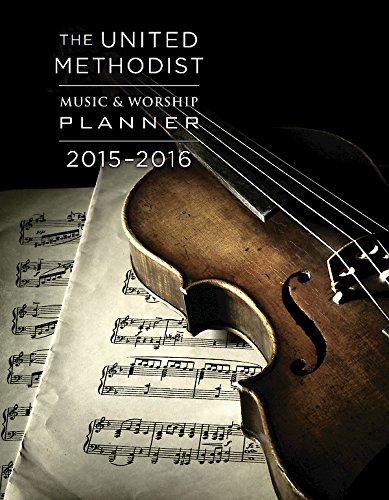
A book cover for The United Methodist Music & Worship Planner 2015-2016; David L. Bone; Christian Books & Bibles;